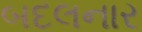
બદલનાર